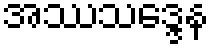
အဿသဒ္ဒေန